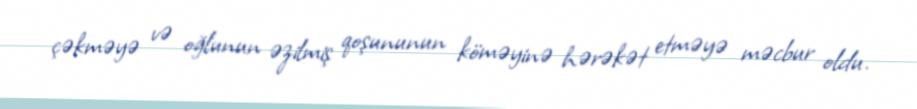
çəkməyə və oğlunun əzilmiş qoşununun köməyinə hərəkət etməyə məcbur oldu.